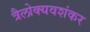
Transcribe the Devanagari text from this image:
त्रैलोक्यवशंकर